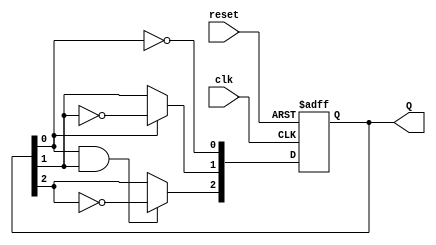
module async_ripple_counter (
    input wire clk,         // Clock input
    input wire reset,       // Asynchronous reset
    output reg [2:0] Q      // 3-bit output
);

// Always block triggered on the clock edge
always @(posedge clk or posedge reset) begin
    if (reset) begin
        Q <= 3'b000;       // Reset the counter to 0
    end else begin
        Q[0] <= ~Q[0];     // Toggle first flip-flop (LSB)
        Q[1] <= Q[0] ? ~Q[1] : Q[1]; // Toggle second flip-flop if Q[0] is high
        Q[2] <= (Q[0] & Q[1]) ? ~Q[2] : Q[2]; // Toggle third flip-flop if Q[0] and Q[1] are high
    end
end

endmodule